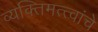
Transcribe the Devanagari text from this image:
व्यक्तिमत्त्वांचे